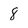
Character: 8